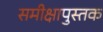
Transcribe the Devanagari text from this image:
समीक्षापुस्तक